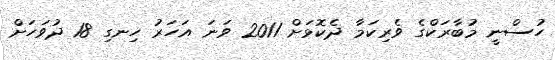
ހުސްނީ މުބާރަކްގެ ވެރިކަމާ ދެކޮޅަށް 2011 ވަނަ އަހަރު ހިނގި 18 ދުވަހަށް